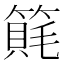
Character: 𥲨